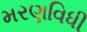
મરણવિધી